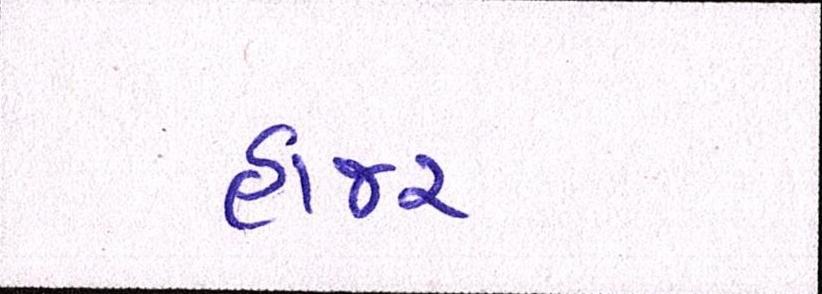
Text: હાજર